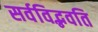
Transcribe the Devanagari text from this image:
सर्वविद्भवति